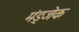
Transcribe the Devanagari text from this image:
मंड्जेक